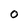
Character: 0